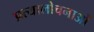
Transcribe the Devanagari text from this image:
प्रत्यालोचनाओं